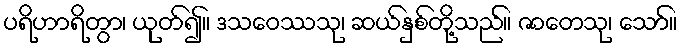
ပရိဟာရိတွာ၊ ယုတ်၍။ ဒသဝေဿသု၊ ဆယ်နှစ်တို့သည်။ ဇာတေသု၊ သော်။